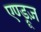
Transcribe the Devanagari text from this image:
एण्ड्रूज़